Language: tamil
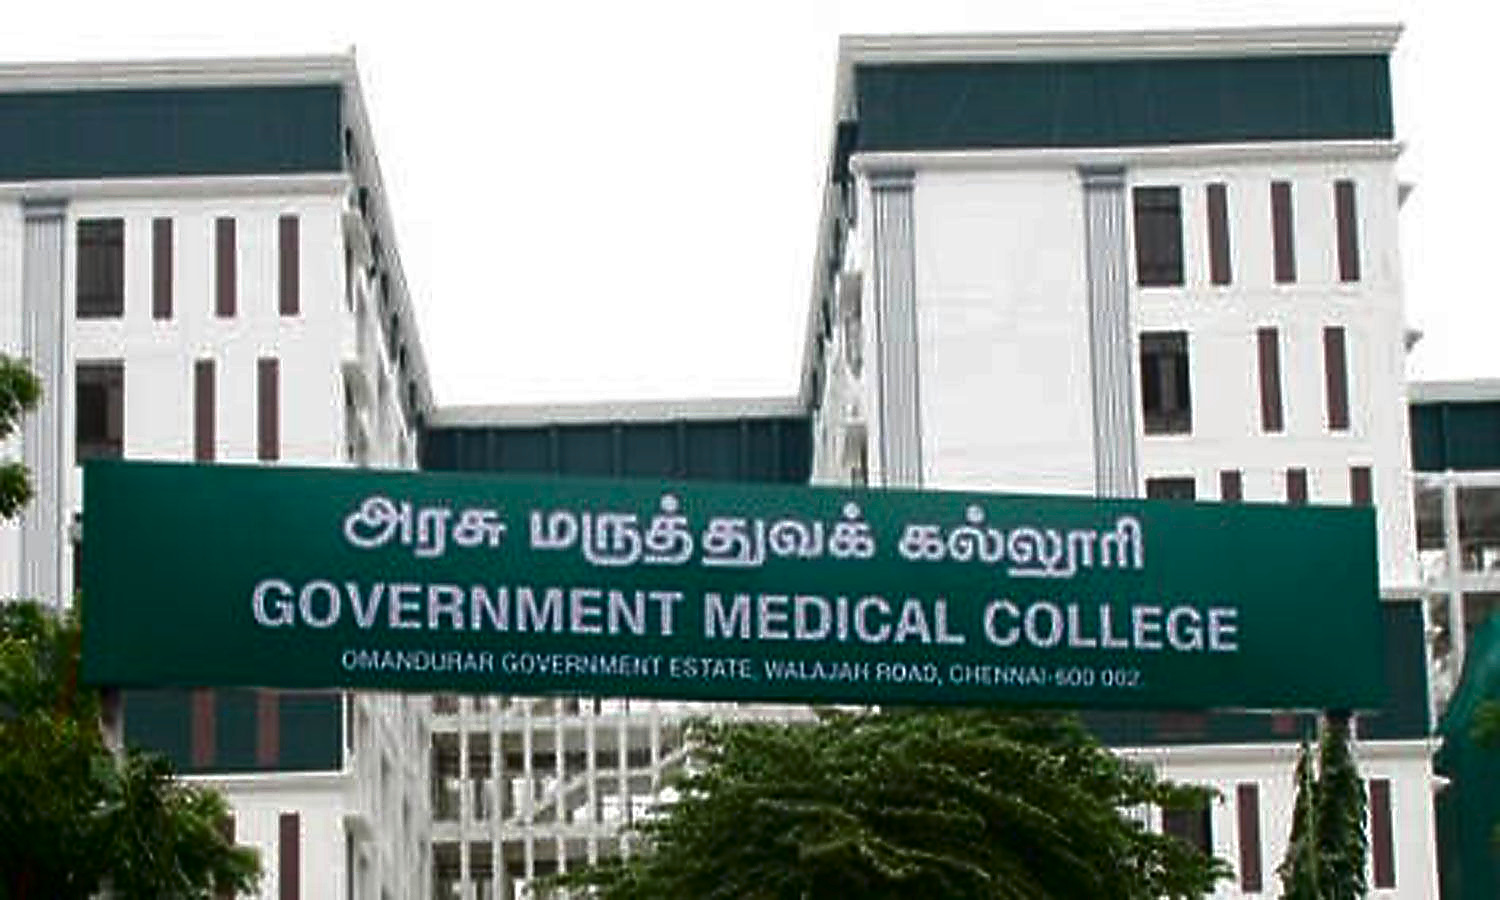
Transcription: அரசு மருத்துவக் கல்லூரி